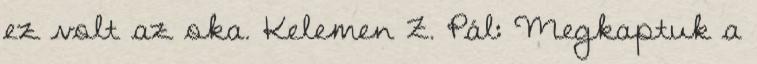
ez volt az oka. Kelemen Z. Pál: Megkaptuk a